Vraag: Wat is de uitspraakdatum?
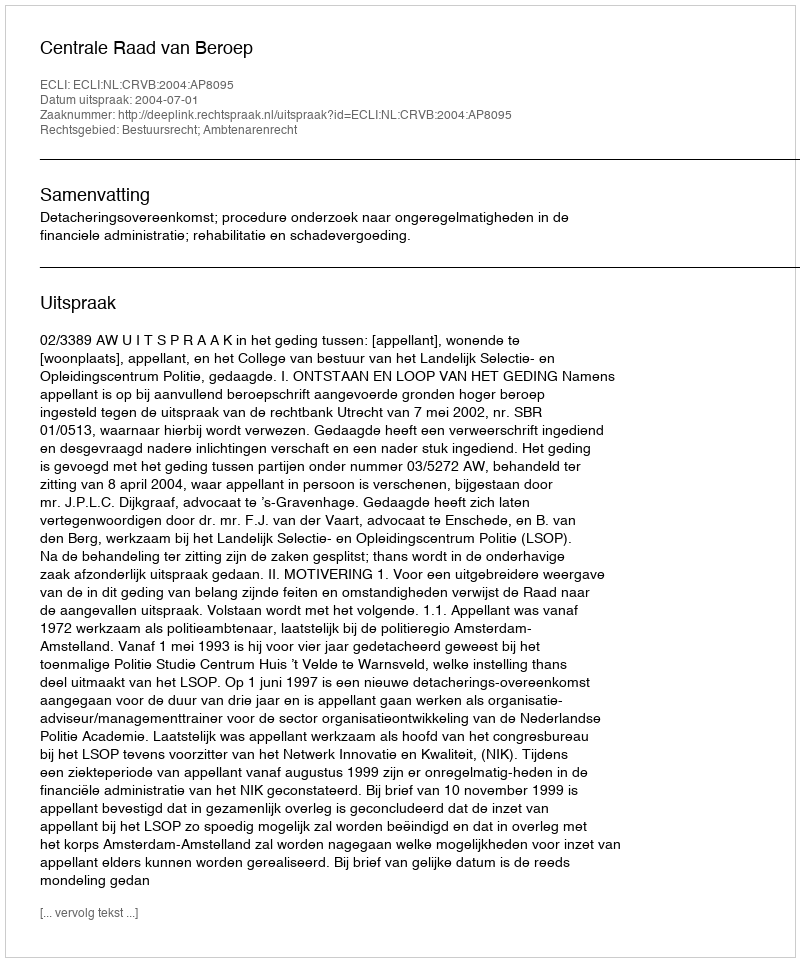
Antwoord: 2004-07-01